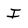
Character: I